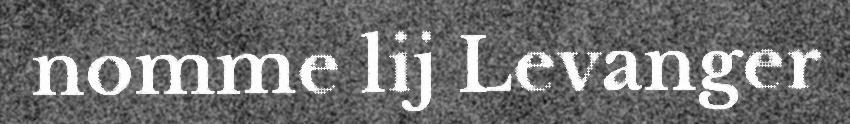
nomme lij Levanger